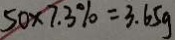
5 0 \times 7 . 3 \% = 3 . 6 5 g